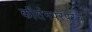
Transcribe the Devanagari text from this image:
कीर्तनपरंपरेचे